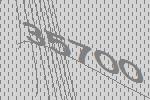
35700